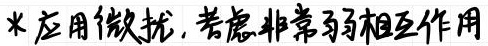
* 应用微扰，考虑非常弱相互作用